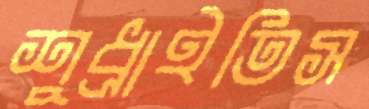
শুধ্‌রাইতিস